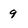
Character: 9